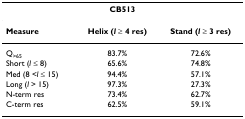
| <COLSPAN=3> CB513 |
 | --- | --- | --- |
 | Measure | Helix (l ≥ 4 res) | Stand (l ≥ 3 res) |
 | Q>65 | 83.7% | 72.6% |
 | Short (l ≤ 8) | 65.6% | 74.8% |
 | Med (8 <l ≤ 15) | 94.4% | 57.1% |
 | Long (l > 15) | 97.3% | 27.3% |
 | N-term res | 73.4% | 62.7% |
 | C-term res | 62.5% | 59.1% |